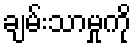
ချမ်းသာမှုကို